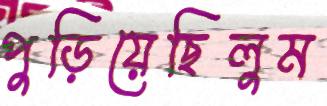
পুড়িয়েছিলুম